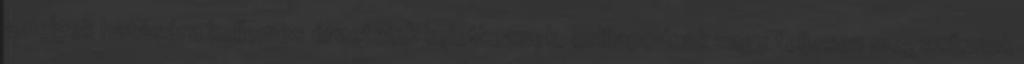
amelyek hatására kellemes érzeteink keletkeznek, csillapodnak vagy teljesen megszűnnek